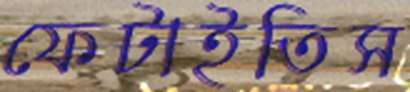
ফেটাইতিস